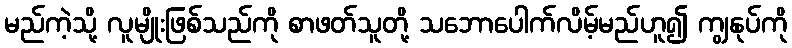
မည်ကဲ့သို့ လူမျိုးဖြစ်သည်ကို စာဖတ်သူတို့ သဘောပေါက်လိမ့်မည်ဟူ၍ ကျွနုပ်ကို